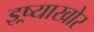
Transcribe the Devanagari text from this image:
इष्र्याखोर